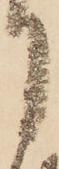
月